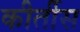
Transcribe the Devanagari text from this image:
कीर्तीस